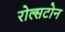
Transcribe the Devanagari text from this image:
रोल्सटोन